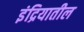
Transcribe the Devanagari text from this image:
इंद्रियातील